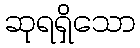
ဆုရရှိသော